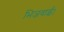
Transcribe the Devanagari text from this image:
भिजवाई।